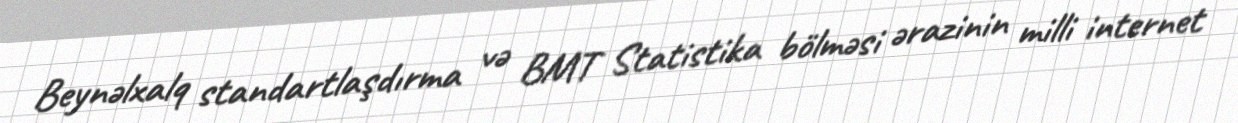
Beynəlxalq standartlaşdırma və BMT Statistika bölməsi ərazinin milli internet